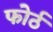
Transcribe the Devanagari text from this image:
फोर्ठ